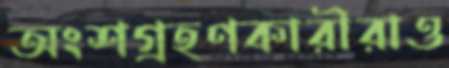
অংশগ্রহণকারীরাও